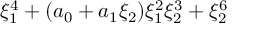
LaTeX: \xi _ { 1 } ^ { 4 } + ( a _ { 0 } + a _ { 1 } \xi _ { 2 } ) \xi _ { 1 } ^ { 2 } \xi _ { 2 } ^ { 3 } + \xi _ { 2 } ^ { 6 }